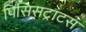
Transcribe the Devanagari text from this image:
पिसिसट्राटस